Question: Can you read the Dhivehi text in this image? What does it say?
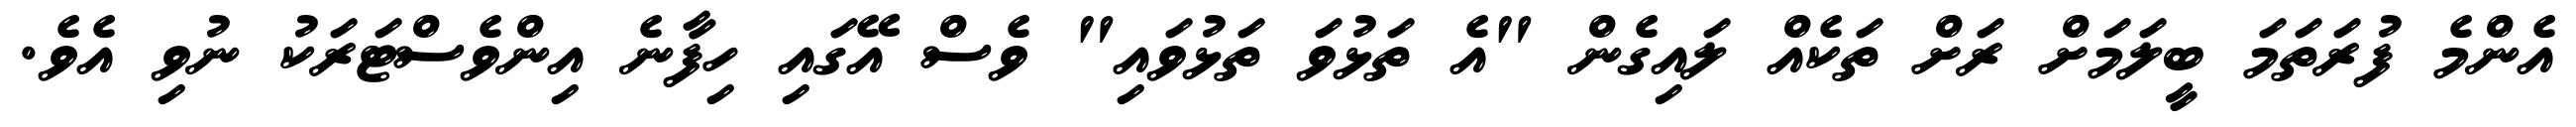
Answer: އެންމެ ފުރަތަމަ ބީލަމަށް ރަށް ތަކެއް ލައިގެން "އެ ތަޅުވަ ތަޅުވައި" ވެސް އޭގައި ހިފާނެ އިންވެސްޓަރަކު ނުވި އެވެ.